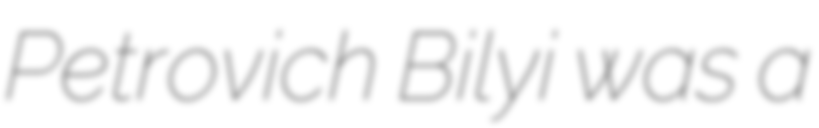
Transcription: Petrovich Bilyi was a